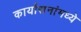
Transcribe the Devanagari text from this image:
कार्यासनांमध्ये